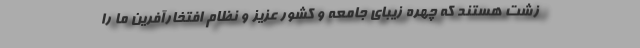
زشت هستند که چهره زیبای جامعه و کشور عزیز و نظام افتخارآفرین ما را